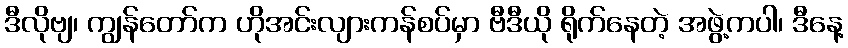
ဒီလိုဗျ၊ ကျွန်တော်က ဟိုအင်းလျားကန်စပ်မှာ ဗီဒီယို ရိုက်နေတဲ့ အဖွဲ့ကပါ၊ ဒီနေ့